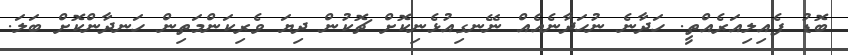
ބޮޑު ފެއިލިއަރެއްތީ. ހަދާނެ ނުހަދާނެއެއް ނޭނގިއުޅެނިކޮށް ޗޮކުން ދިޔަ ވެރިކަންމަތިން ހަނދާންކޮށް ބަލަ.